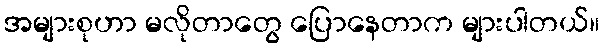
အများစုဟာ မလိုတာတွေ ပြောနေတာက များပါတယ်။